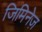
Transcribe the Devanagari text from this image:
जिमिनेज़